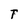
Character: T